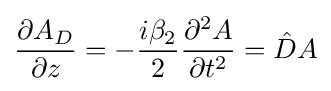
{\partial A_{D} \over \partial z}=-{i\beta _{2} \over 2}{\partial ^{2}A \over \partial t^{2}}={\hat {D}}A